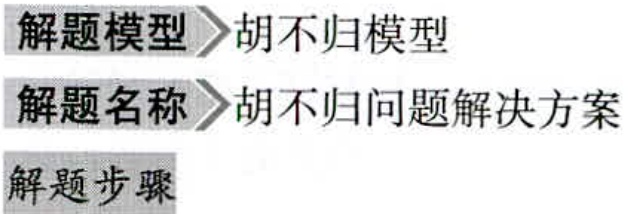
\begin{enumerate}

\item 解题模型：胡不归模型

\item 解题名称：胡不归问题解决方案

\item 解题步骤：无内容

\end{enumerate}